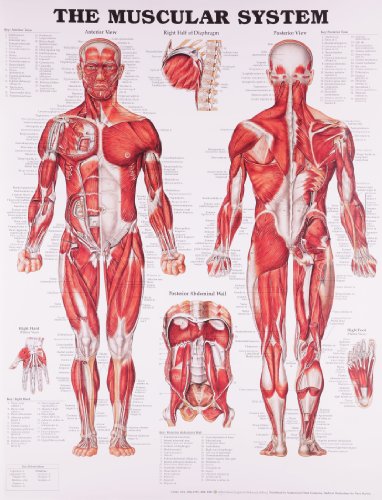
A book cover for The Muscular System Anatomical Chart; Anatomical Chart Company; Medical Books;